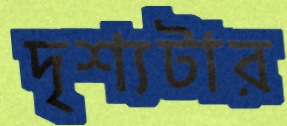
দৃশ্যটার